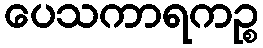
ပေသကာရကဉ္စ